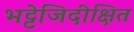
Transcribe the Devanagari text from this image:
भट्टेजिदीक्षित